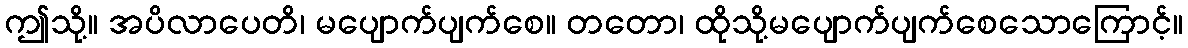
ဤသို့။ အပိလာပေတိ၊ မပျောက်ပျက်စေ။ တတော၊ ထိုသို့မပျောက်ပျက်စေသောကြောင့်။